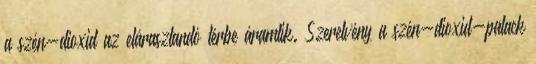
a szén-dioxid az elárasztandó térbe áramlik. Szerelvény a szén-dioxid-palack